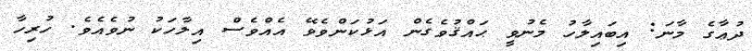
ދުޢާގެ މާނަ: އިބައިލާހު މެނުވީ ޙައްޤުވެގެން އަޅުކަންވެވޭ އެއްވެސް އިލާހަކު ނުވެއެވެ. ހުރިހާ